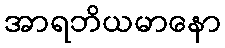
အာရဘိယမာနော